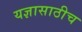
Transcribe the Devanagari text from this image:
यज्ञासाठीच